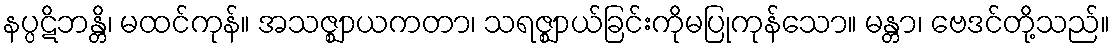
နပ္ပဋိဘန္တိ၊ မထင်ကုန်။ အသဇ္ဈာယကတာ၊ သရဇ္ဈာယ်ခြင်းကိုမပြုကုန်သော။ မန္တာ၊ ဗေဒင်တို့သည်။